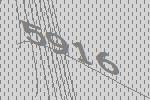
5916